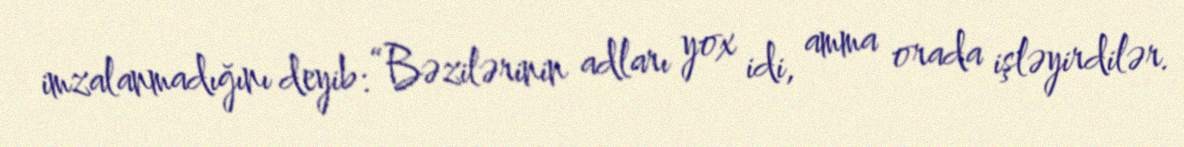
imzalanmadığını deyib: “Bəzilərinin adları yox idi, amma orada işləyirdilər.